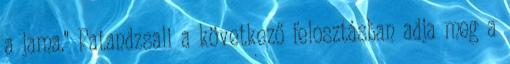
a jama." Patandzsali a következő felosztásban adja meg a